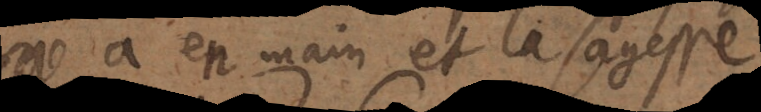
est en main et la sagesse